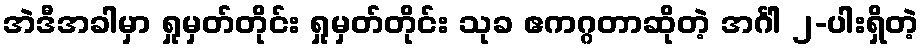
အဲဒီအခါမှာ ရှုမှတ်တိုင်း ရှုမှတ်တိုင်း သုခ ဧကဂ္ဂတာဆိုတဲ့ အင်္ဂါ ၂-ပါးရှိတဲ့